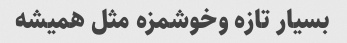
بسیار تازه و‌خوشمزه مثل همیشه